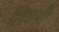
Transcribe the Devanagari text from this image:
लिवनी